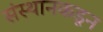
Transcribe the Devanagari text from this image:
संस्थानकडून